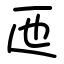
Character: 匜